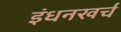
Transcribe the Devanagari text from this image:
इंधनखर्च